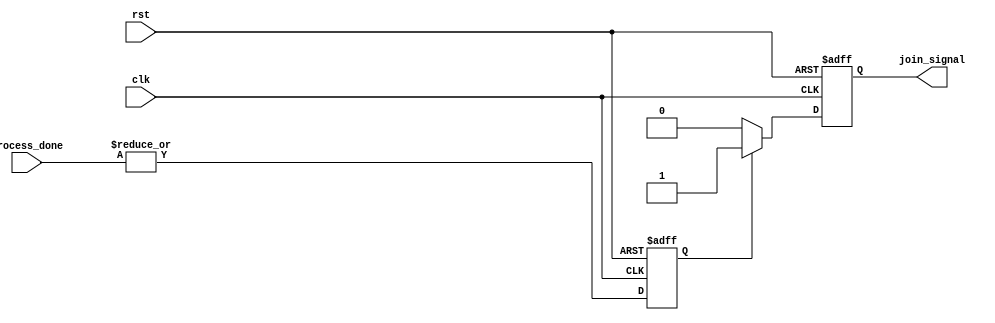
module Fork_Join_Any #(
    parameter NUM_PROCESSES = 4  // Parameter to define the number of processes
)(
    input wire [NUM_PROCESSES-1:0] process_done, // Input signals indicating completion of each process
    input wire clk,          // Clock signal
    input wire rst,          // Reset signal
    output reg join_signal   // Output signal asserted when any process completes
);

// Internal signal to track if any process has finished
reg any_process_done;

always @(posedge clk or posedge rst) begin
    if (rst) begin
        join_signal <= 1'b0;    // Reset join signal
        any_process_done <= 1'b0; // Reset internal state
    end else begin
        // Check if any of the process_done signals are active
        any_process_done <= |process_done; // OR reduction on the process_done signals
        
        if (any_process_done) begin
            join_signal <= 1'b1; // Assert join signal if any process is done
        end else begin
            join_signal <= 1'b0; // Deassert join signal if no processes are done
        end
    end
end

endmodule